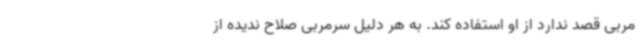
مربی قصد ندارد از او استفاده کند. به هر دلیل سرمربی صلاح ندیده از